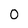
Character: O